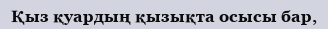
Қыз қуардың қызықта осысы бар,